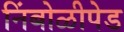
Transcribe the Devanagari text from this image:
निंबोळीपेड